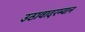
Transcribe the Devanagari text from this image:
उठावादरम्यान